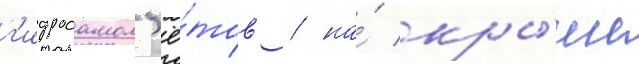
г'идросамол'ё́тов / на́ кры́ше